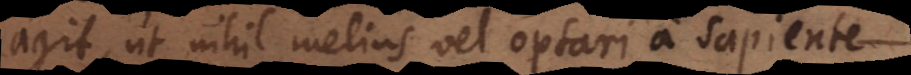
agit, ut nihil melius vel optari a sapiente